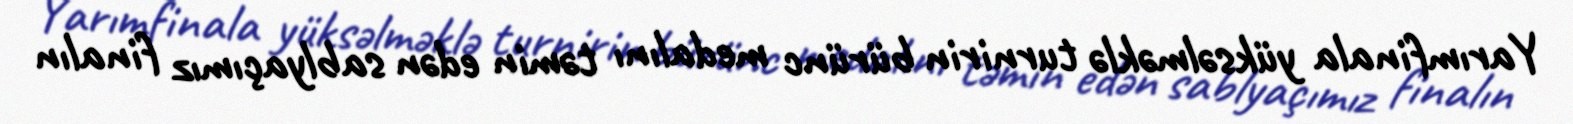
Yarımfinala yüksəlməklə turnirin bürünc medalını təmin edən sablyaçımız finalın